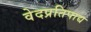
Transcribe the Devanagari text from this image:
वेदप्रतिपाद्य